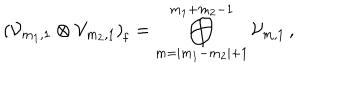
\left( { \cal V } _ { m _ { 1 } , 1 } \otimes { \cal V } _ { m _ { 2 } , 1 } \right) _ { \mathrm f } = \bigoplus _ { m = | m _ { 1 } - m _ { 2 } | + 1 } ^ { m _ { 1 } + m _ { 2 } - 1 } { \cal V } _ { m , 1 } \, ,